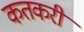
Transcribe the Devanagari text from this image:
कतकरी